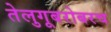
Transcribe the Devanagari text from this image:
तेलुगूबरोबरच